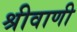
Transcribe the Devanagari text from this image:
श्रीवाणी